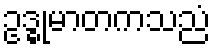
ဥဒ္ဓုမာတကသညံ